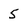
Character: 5